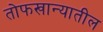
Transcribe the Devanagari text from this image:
तोफखान्यातील